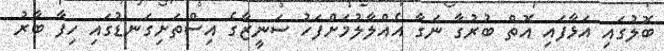
ބޮލުގައި އަޅާފައި އޮތް ބުރުގާ ނަގާ އެއްލާލުމަށްފަހު ސަނީޒާގެ އިސްތަށިގަނޑުގައި ހިފާ ބާރު